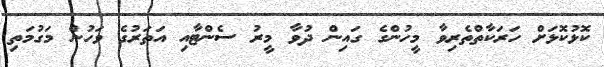
ކޮޅުކޮޅަށް ހަރަކާތްތެރިވާ މީހުންގެ ގައިން ދުވާ މީރު ސެންޓާއި އަތަރުގެ ވަހުން މަގުމަތި